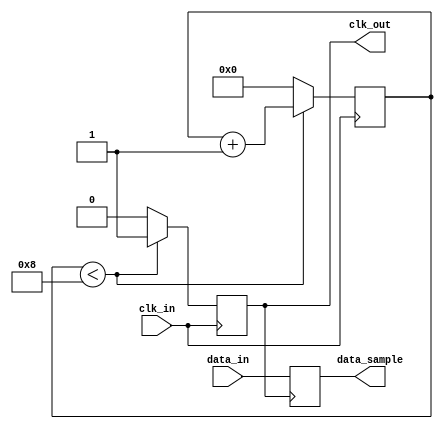
module ClockRecoveryPLL (
    input wire clk_in,           // Input data clock
    input wire data_in,          // Input data stream
    output wire clk_out,         // Output recovered clock
    output wire data_sample       // Sampled data output
);

    // Parameters
    parameter integer N = 4;      // VCO frequency multiplier
    parameter integer LPF_WIDTH = 8; // Width for LPF output

    // Internal signals
    reg [LPF_WIDTH-1:0] phase_error; // Phase error signal
    reg [LPF_WIDTH-1:0] lpf_output;   // Output from the low pass filter
    reg [N-1:0] vco_counter;          // VCO counter
    reg clk_div;                      // Divided clock
    reg [1:0] state;                  // State for phase detector
    reg data_sample_reg;              // Register to hold sampled data

    // Phase Detector (PD)
    always @(posedge clk_in) begin
        if (clk_div) begin
            phase_error <= 1; // Positive edge detected
        end else begin
            phase_error <= 0; // No edge detected
        end
    end

    // Low Pass Filter (LPF) - Simple averaging implementation
    always @(posedge clk_in) begin
        lpf_output <= (lpf_output + phase_error) >> 1; // Simple averaging
    end

    // Voltage-Controlled Oscillator (VCO)
    always @(posedge clk_in) begin
        if (vco_counter < (1 << (N - 1))) begin
            clk_div <= 1;
            vco_counter <= vco_counter + 1;
        end else begin
            clk_div <= 0;
            vco_counter <= 0;
        end
    end

    // Output clock generation
    assign clk_out = clk_div;

    // Sample the input data
    always @(posedge clk_out) begin
        data_sample_reg <= data_in; // Sample data on the output clock
    end

    assign data_sample = data_sample_reg; // Output sampled data

endmodule